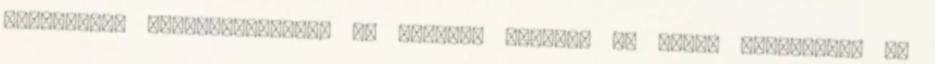
televíziók értékesítésében is előkelő helyet, és nevet szereznek. Az